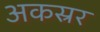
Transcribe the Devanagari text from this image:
अकस्रर